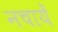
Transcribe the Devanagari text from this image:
नचायें